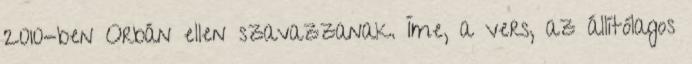
2010-ben Orbán el­len szavazzanak. Íme, a vers, az állítólagos